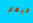
فيهم